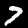
Digit: 7